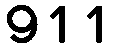
911